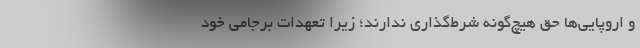
و اروپایی‌ها حق هیچ‌گونه شرط‌گذاری ندارند؛ زیرا تعهدات برجامی خود